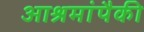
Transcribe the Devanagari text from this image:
आश्रमांपैकी